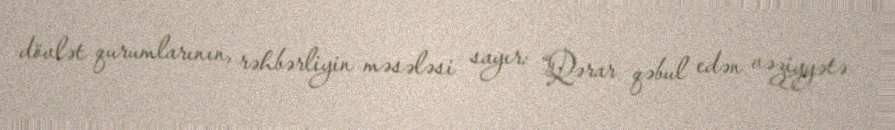
dövlət qurumlarının, rəhbərliyin məsələsi sayır: “Qərar qəbul edən vəziyyətə